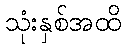
သုံးနှစ်အထိ